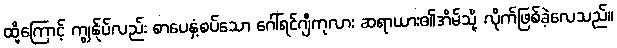
ထို့ကြောင့် ကျွန်ုပ်လည်း စာပေနှံ့စပ်သော ဂေါ်ရင်ဂျီကုလား ဆရာယား၏အိမ်သို့ လိုက်ဖြစ်ခဲ့လေသည်။